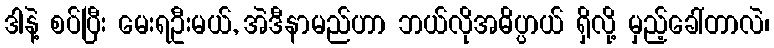
ဒါနဲ့ စပ်ပြီး မေးရဦးမယ်, အဲဒီနာမည်ဟာ ဘယ်လိုအဓိပ္ပာယ် ရှိလို့ မှည့်ခေါ်တာလဲ၊